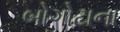
બોગોટાના